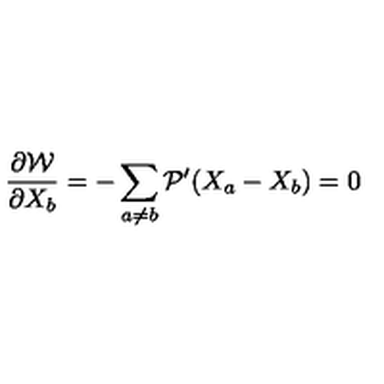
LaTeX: \frac { \partial { \cal W } } { \partial X _ { b } } = - \sum _ { a \neq b } { \cal P } ^ { \prime } ( X _ { a } - X _ { b } ) = 0